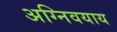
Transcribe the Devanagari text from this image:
अग्निवयाय